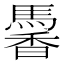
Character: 𩤹